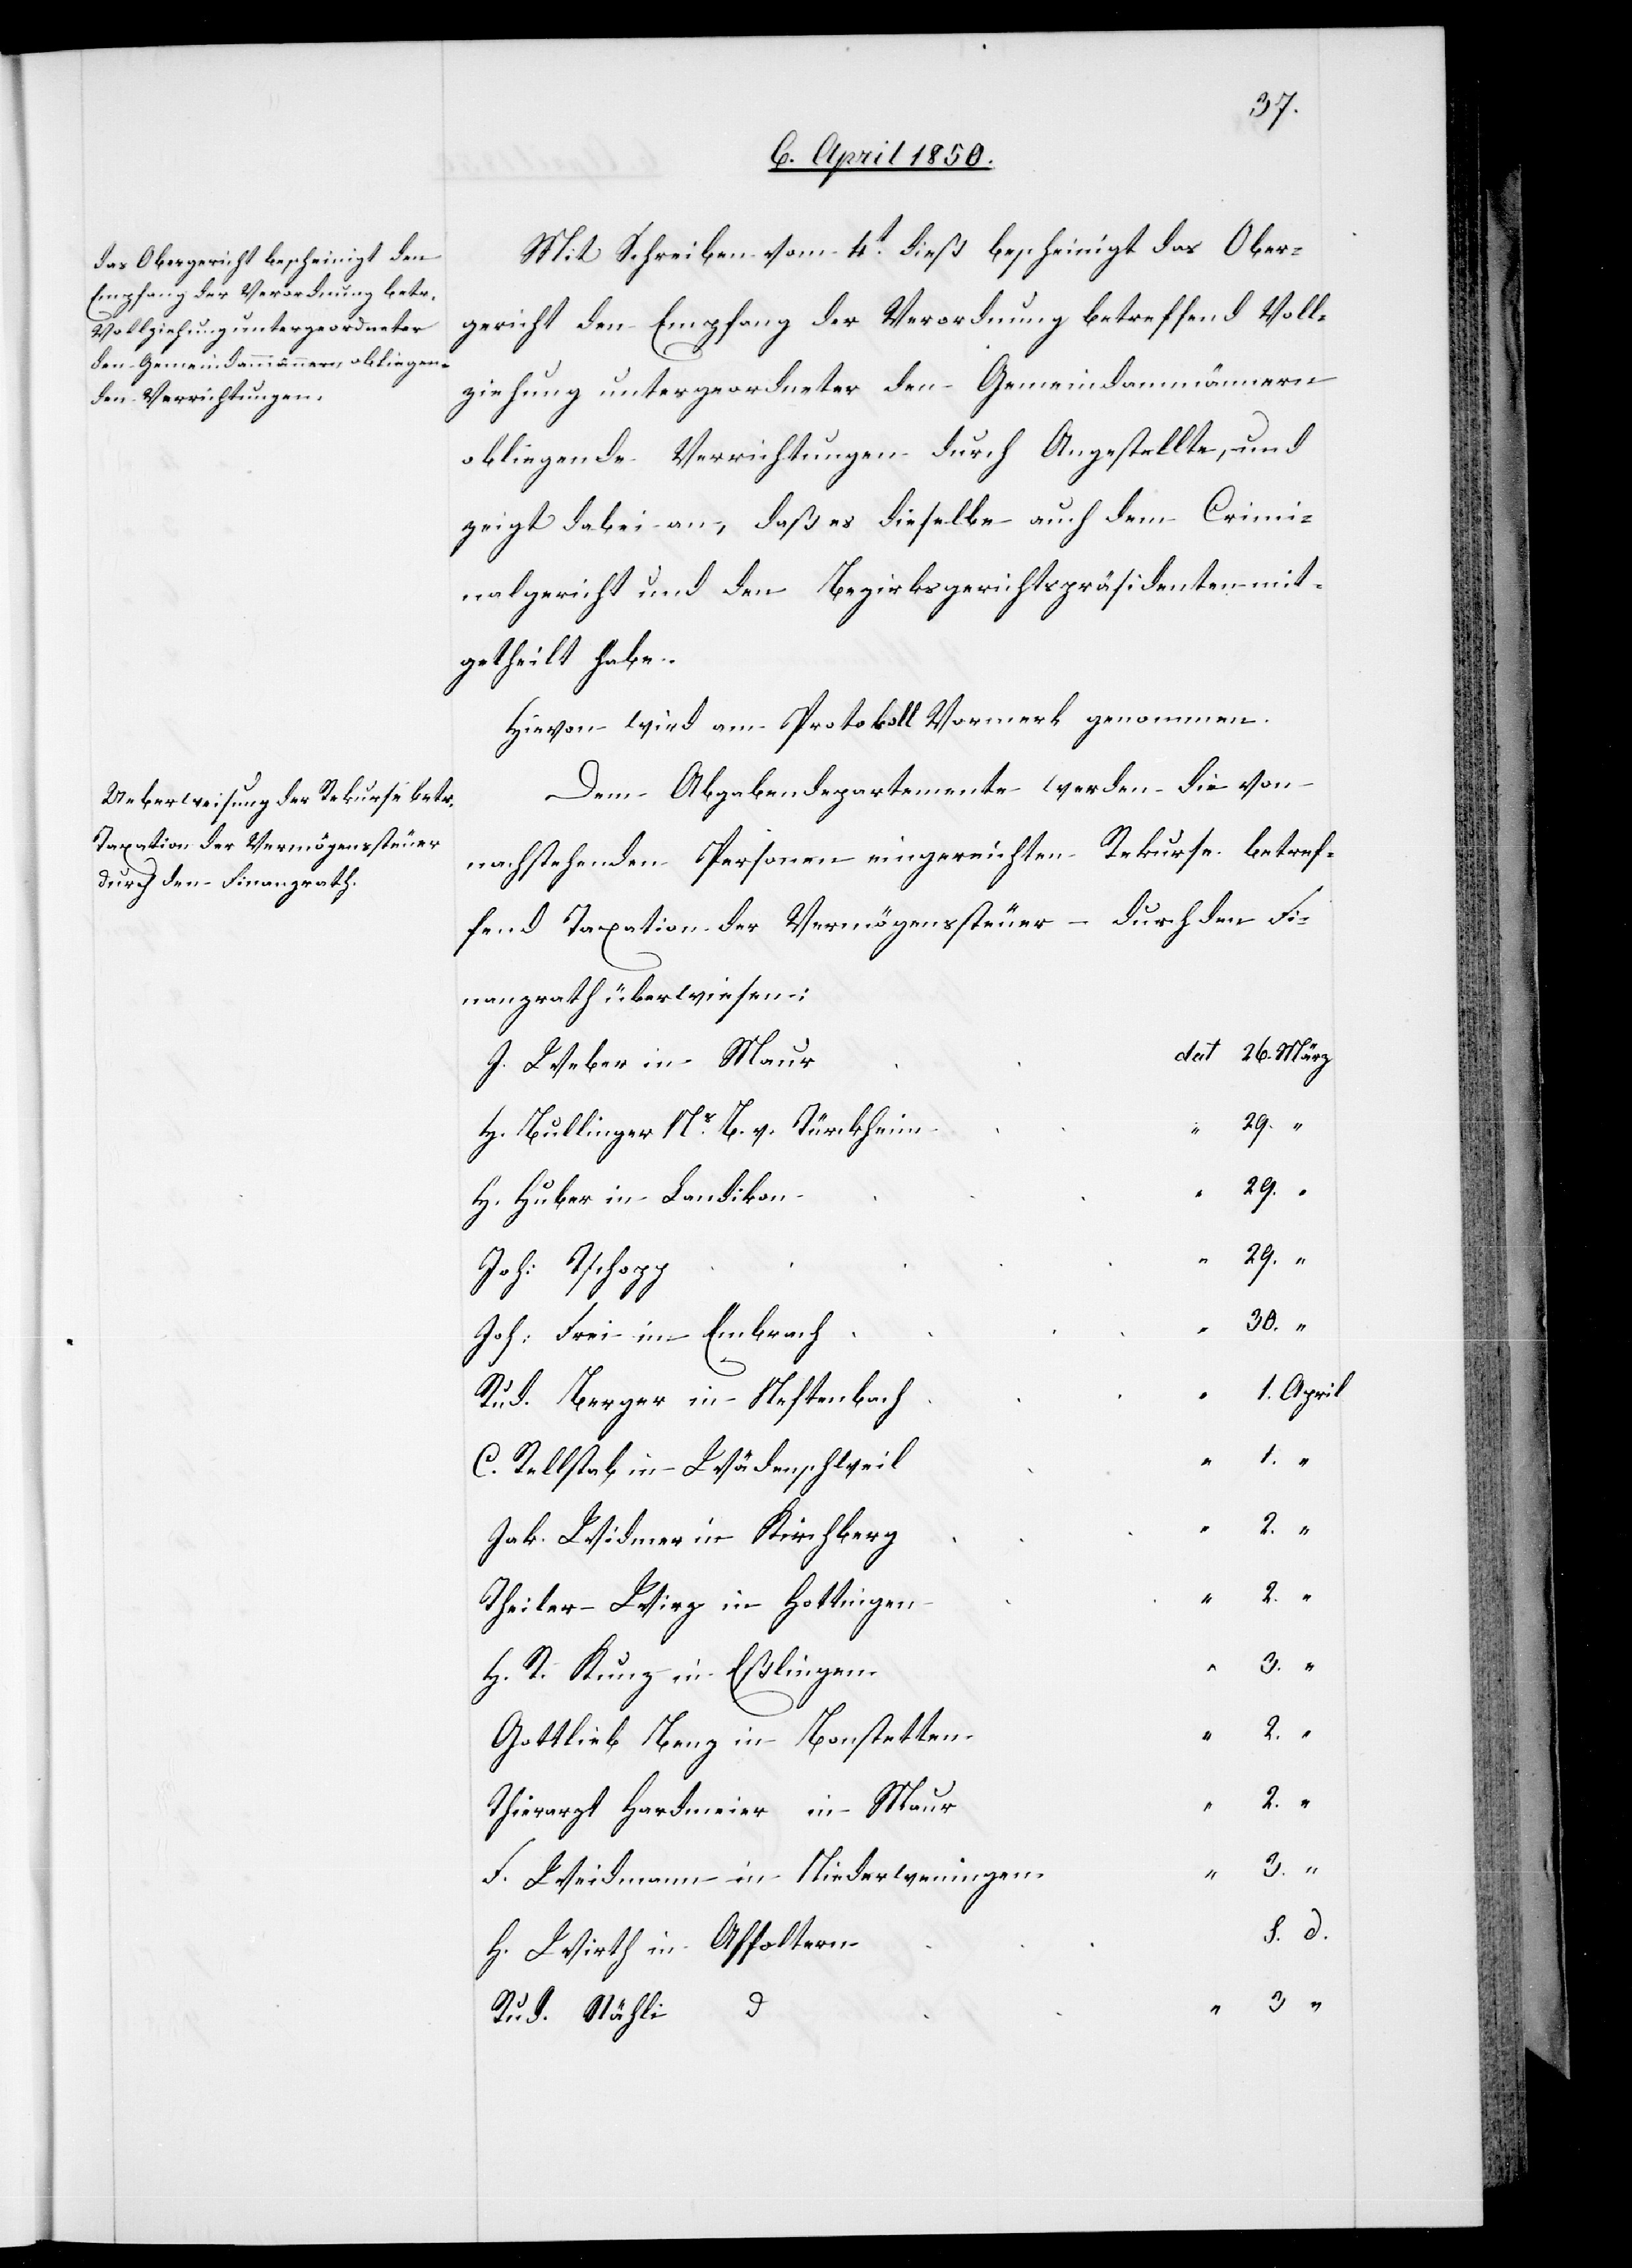
Mit Schreiben vom 4t dieß bescheinigt das Ober¬
gericht den Empfang der Verordnung betreffend Voll¬
ziehung untergeordneter den Gemeindammännern
obliegende Verrichtungen durch Angestellte, und
zeigt dabei an, daß es dieselbe auch dem Crimi¬
nalgericht und den Bezirksgerichtspräsidenten mit¬
getheilt habe.
Hievon wird am Protokoll Vormerk genommen.
Dem Abgabendepartemente werden die von
nachstehenden Personen eingereichten Rekurse betref¬
durch den Fi¬
n		S.
fend Taxation der Vermögenssteuer
nanzrath überwiesen:
r	dat	26.	März
J. Weber in Mau¬
H. Bullinger Ns B. v. Türkheim
“
H. Huber in Landikon
Joh: Tschopp
Joh: Frei in Embrach
12t April
Rud. Berger in Neftenbach
C. Rellstab in Wädenschweil
d.
Jak. Widmer in Kirchberg
Theiler-Wieg in Hottingen
H. R. Kunz in Eßlingen
Gottlieb Benz in Bonstetten
Thierarzt Hardmeier in Maur
F. Weidmann in Niederweningen
H. Wirth in Affolter¬
Rud. Stähli